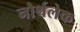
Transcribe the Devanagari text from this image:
नौर्थलेक